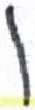
אות: ו